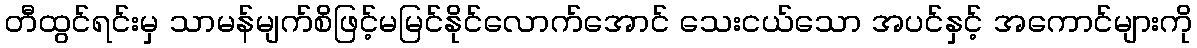
တီထွင်ရင်းမှ သာမန်မျက်စိဖြင့်မမြင်နိုင်လောက်အောင် သေးငယ်သော အပင်နှင့် အကောင်များကို